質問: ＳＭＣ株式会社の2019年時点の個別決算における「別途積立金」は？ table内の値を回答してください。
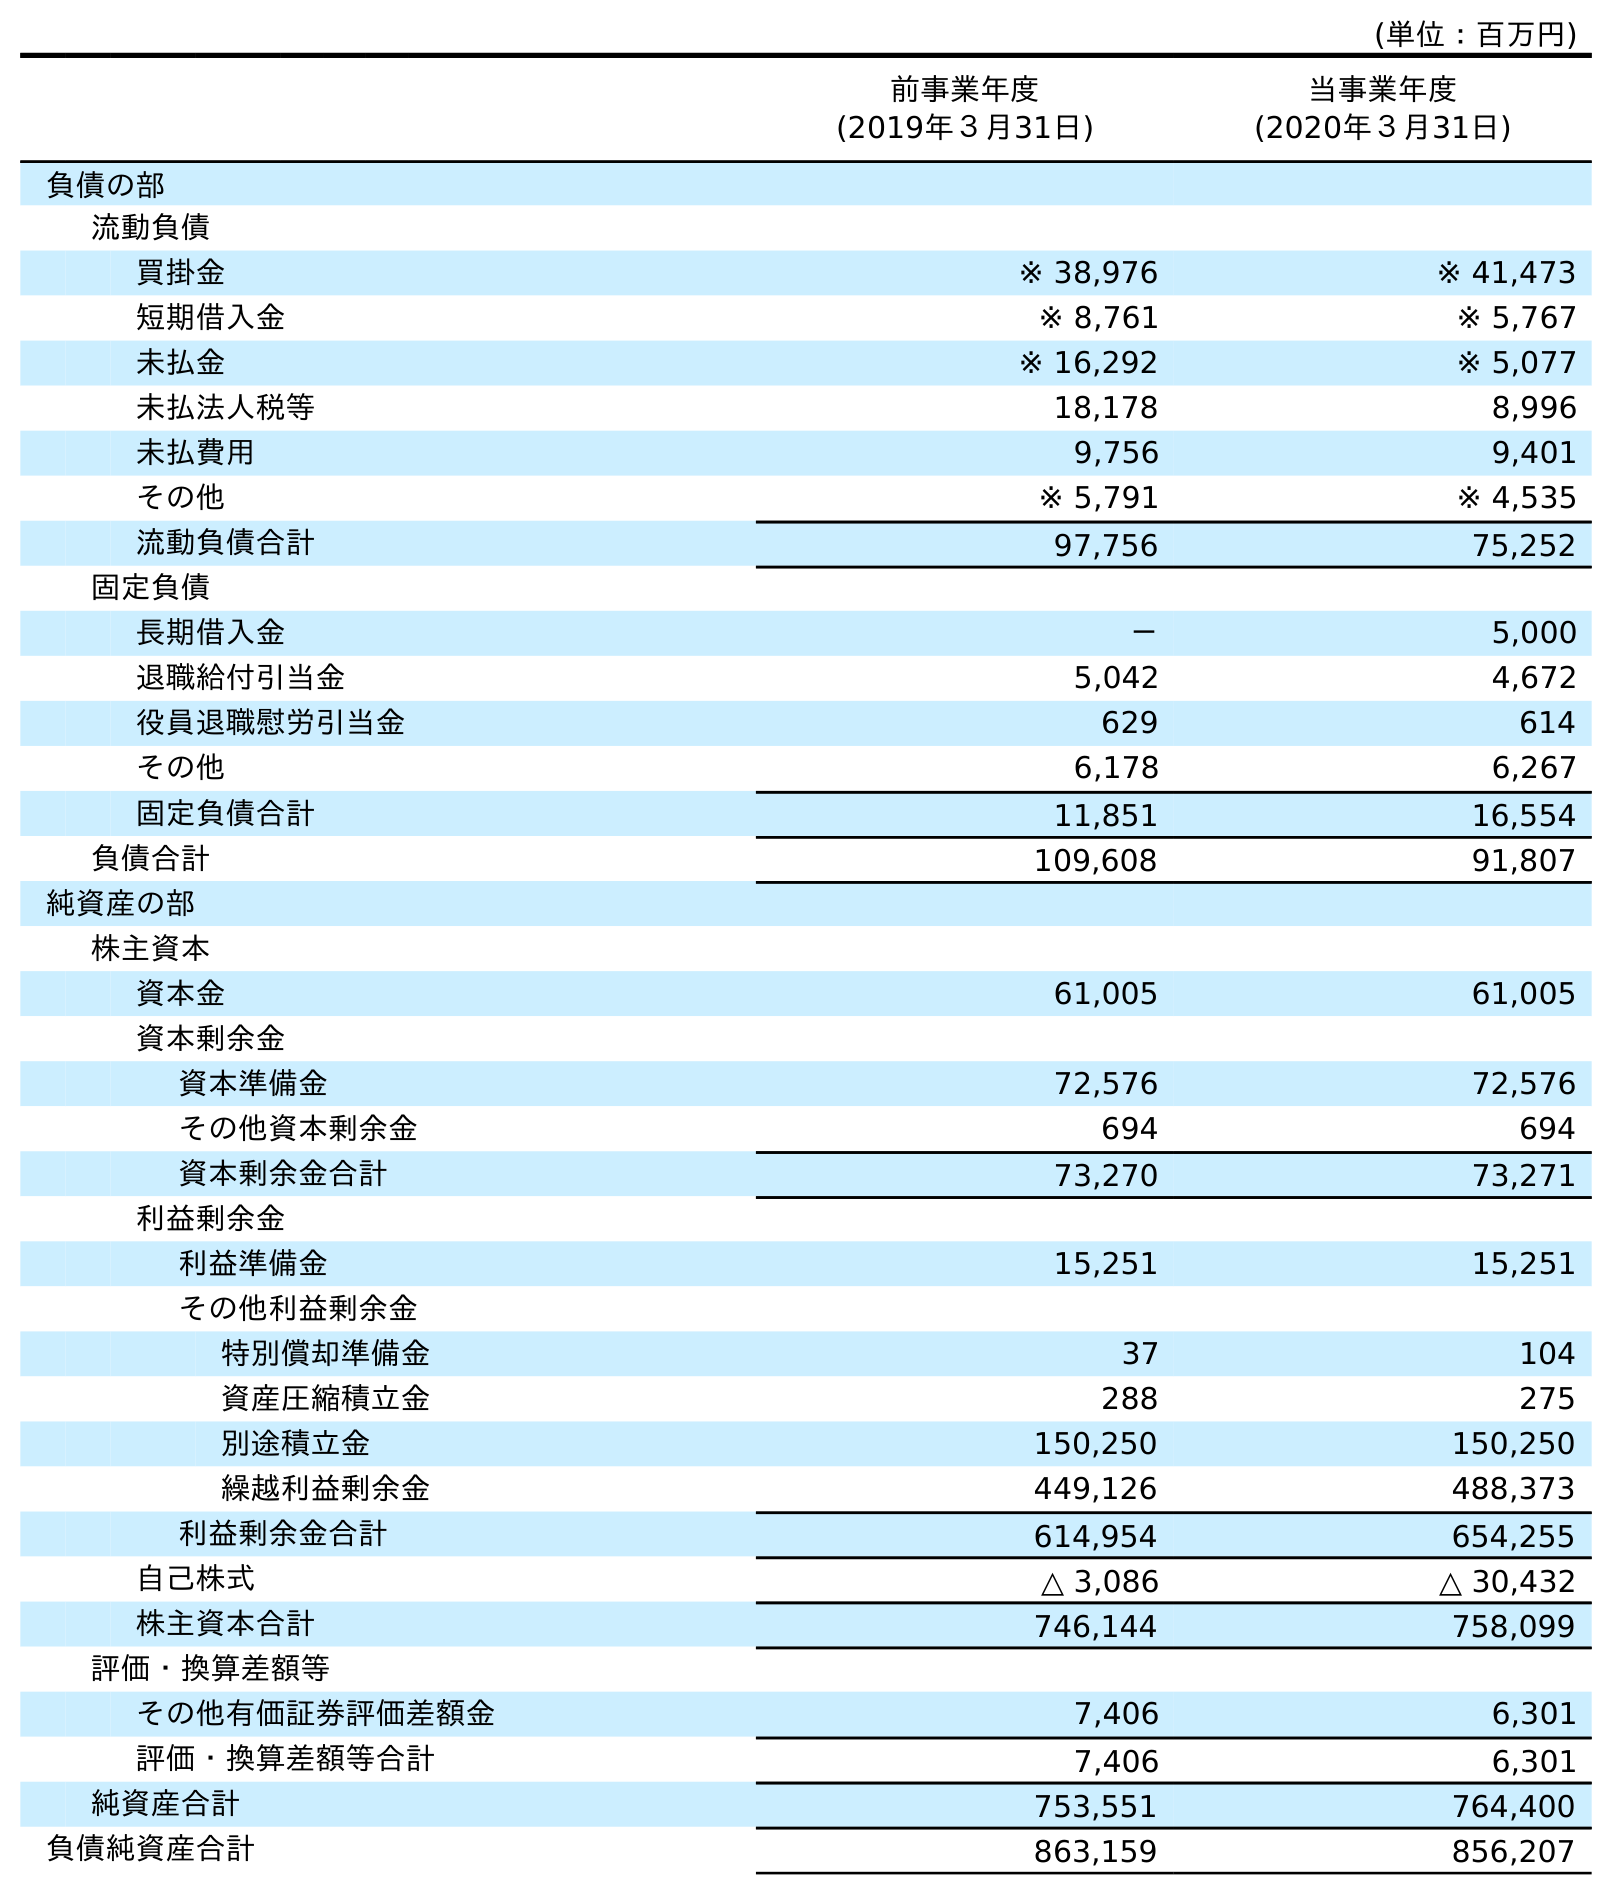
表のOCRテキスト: (単位：百万円) 前事業年度 (2019年３月31日) 当事業年度 (2020年３月31日) 負債の部 流動負債 買掛金 ※ 38,976 ※ 41,473 短期借入金 ※ 8,761 ※ 5,767 未払金 ※ 16,292 ※ 5,077 未払法人税等 18,178 8,996 未払費用 9,756 9,401 その他 ※ 5,791 ※ 4,535 流動負債合計 97,756 75,252 固定負債 長期借入金 － 5,000 退職給付引当金 5,042 4,672 役員退職慰労引当金 629 614 その他 6,178 6,267 固定負債合計 11,851 16,554 負債合計 109,608 91,807 純資産の部 株主資本 資本金 61,005 61,005 資本剰余金 資本準備金 72,576 72,576 その他資本剰余金 694 694 資本剰余金合計 73,270 73,271 利益剰余金 利益準備金 15,251 15,251 その他利益剰余金 特別償却準備金 37 104 資産圧縮積立金 288 275 別途積立金 150,250 150,250 繰越利益剰余金 449,126 488,373 利益剰余金合計 614,954 654,255 自己株式 △ 3,086 △ 30,432 株主資本合計 746,144 758,099 評価・換算差額等 その他有価証券評価差額金 7,406 6,301 評価・換算差額等合計 7,406 6,301 純資産合計 753,551 764,400 負債純資産合計 863,159 856,207
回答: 150,250